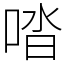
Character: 𠴲